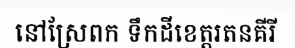
នៅស្រែពក ទឹកដីខេត្តរតនគីរី